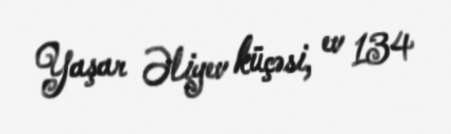
Yaşar Əliyev küçəsi, ev 134